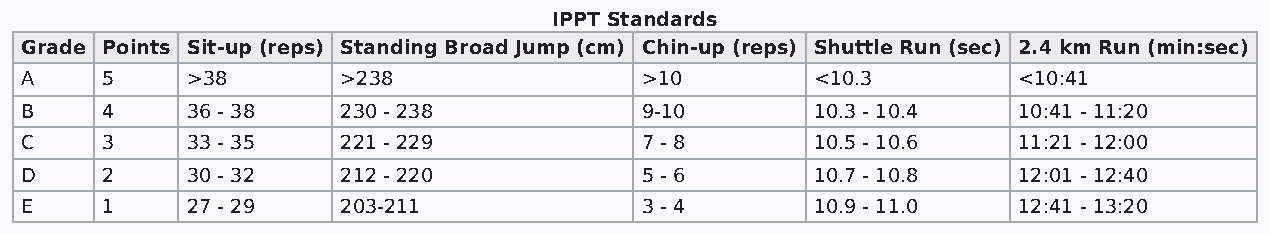
IPPT Standards
 Grade Points Sit-up (reps) Standing Broad Jump (cm) Chin-up (reps) Shuttle Run (sec) 2.4 km Run (min:sec)
 A     5    >38        >238               >10         <10.3        <10:41
 B     4    36 - 38    230 - 238          9-10        10.3 - 10.4  10:41 - 11:20
 C     3    33 - 35    221 - 229          7 - 8       10.5 - 10.6  11:21 - 12:00
 D     2    30 - 32    212 - 220          5 - 6       10.7 - 10.8  12:01 - 12:40
 E     1    27 - 29    203-211            3 - 4       10.9 - 11.0  12:41 - 13:20